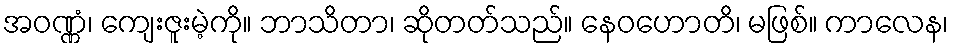
အဝဏ္ဏံ၊ ကျေးဇူးမဲ့ကို။ ဘာသိတာ၊ ဆိုတတ်သည်။ နေဝဟောတိ၊ မဖြစ်။ ကာလေန၊